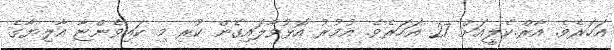
އަހަރެވެ. އާރް.ކެލީއަށް 27 އަހަރެވެ. އުމުރު އޮޅުވާލައިގެން ކުރި މި ކައިވެންޏާ އާލިޔާގެ